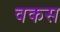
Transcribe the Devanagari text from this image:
वकस